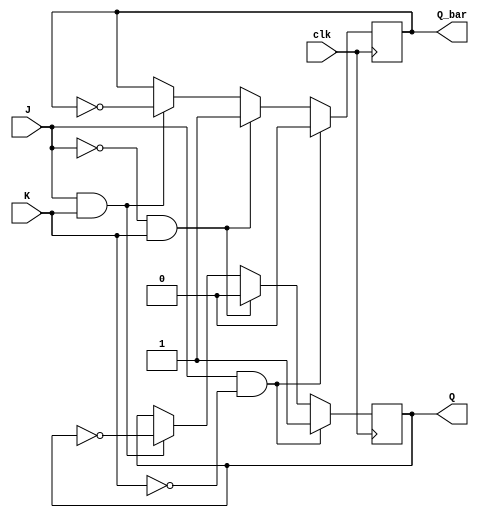
module jk_ff (
    input wire clk,
    input wire J,
    input wire K,
    output reg Q,
    output reg Q_bar
);

always @(posedge clk) begin
    if (J && !K) begin // SET condition
        Q <= 1'b1;
        Q_bar <= 1'b0;
    end else if (!J && K) begin // RESET condition
        Q <= 1'b0;
        Q_bar <= 1'b1;
    end else if (J && K) begin // Toggle condition
        Q <= ~Q;
        Q_bar <= ~Q_bar;
    end
end

endmodule